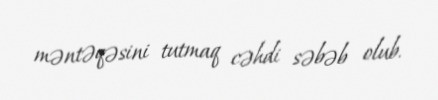
məntəqəsini tutmaq cəhdi səbəb olub.